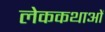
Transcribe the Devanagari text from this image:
लेककथाओं